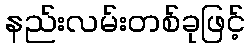
နည်းလမ်းတစ်ခုဖြင့်